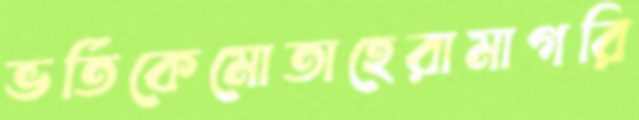
ভর্তিকেমোতাহেরামাগরি